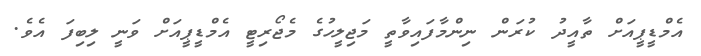
އެމްޑީޕީއަށް ތާއީދު ކުރަން ނިންމާފައިވާތީ މަޖިލީހުގެ މެޖޯރިޓީ އެމްޑީޕީއަށް ވަނީ ލިބިފަ އެވެ.